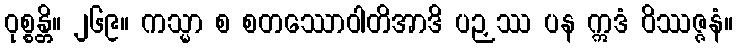
ဝုစ္စန္တိ။ ၂၆၉။ ကသ္မာ စ စတဿောဝါတိအာဒိ ပဉှဿ ပန ဣဒံ ဝိဿဇ္ဇနံ။